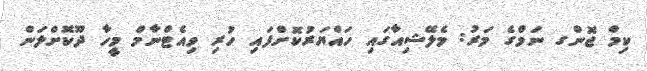
ކިމް ޖޮންގ ނަމްގެ މަރު: މެލޭޝިއާގައި ހައްޔަރުކޮށްފައި ހުރި ވިއެޓްނާމް މީހާ ދޫކޮށްލަން